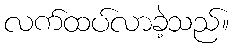
လက်ထပ်လာခဲ့သည်။